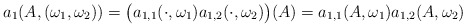
\begin{align*}a_{1}(A,(\omega_{1},\omega_{2}))=\big(a_{1,1}(\cdot,\omega_{1})a_{1,2}(\cdot,\omega_{2})\big)(A)=a_{1,1}(A,\omega_{1})a_{1,2}(A,\omega_{2})\end{align*}